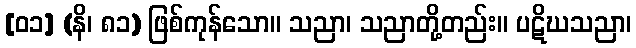
[၀၁] (နိ၊ ၈၁) ဖြစ်ကုန်သော။ သညာ၊ သညာတို့တည်း။ ပဋိဃသညာ၊